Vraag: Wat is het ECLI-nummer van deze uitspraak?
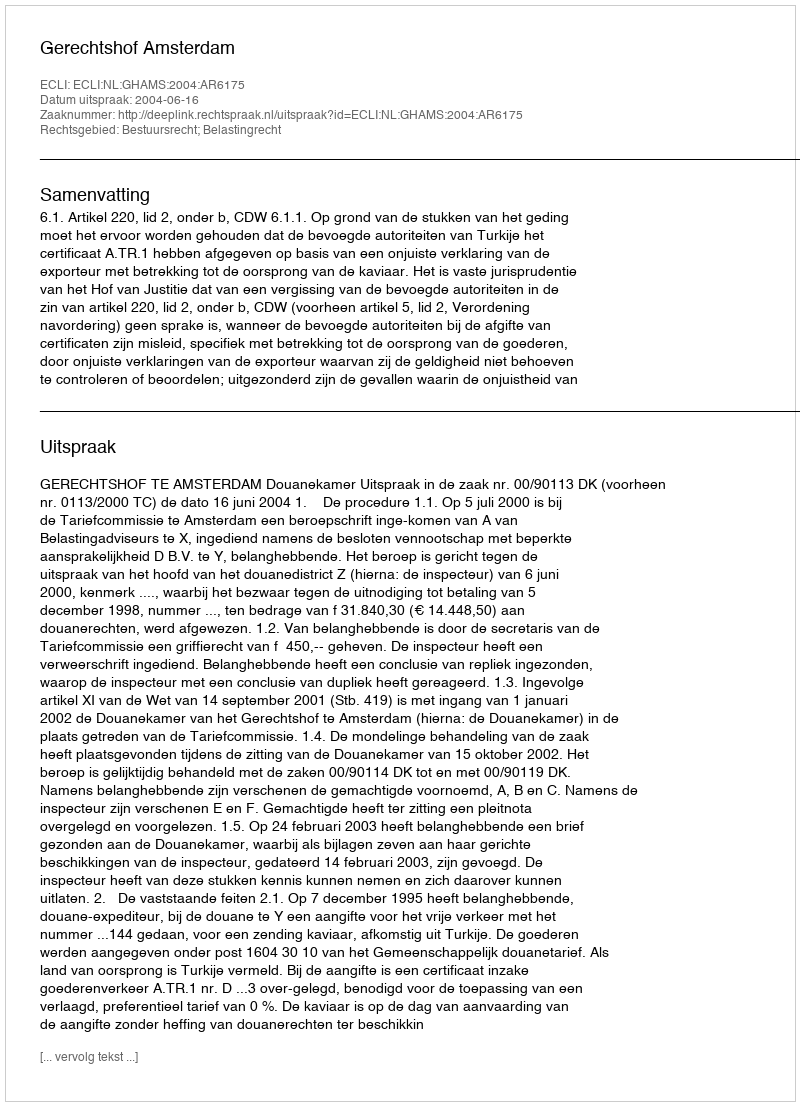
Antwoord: ECLI:NL:GHAMS:2004:AR6175